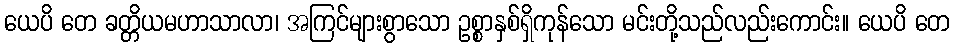
ယေပိ တေ ခတ္တိယမဟာသာလာ၊ အကြင်များစွာသော ဥစ္စာနှစ်ရှိကုန်သော မင်းတို့သည်လည်းကောင်း။ ယေပိ တေ